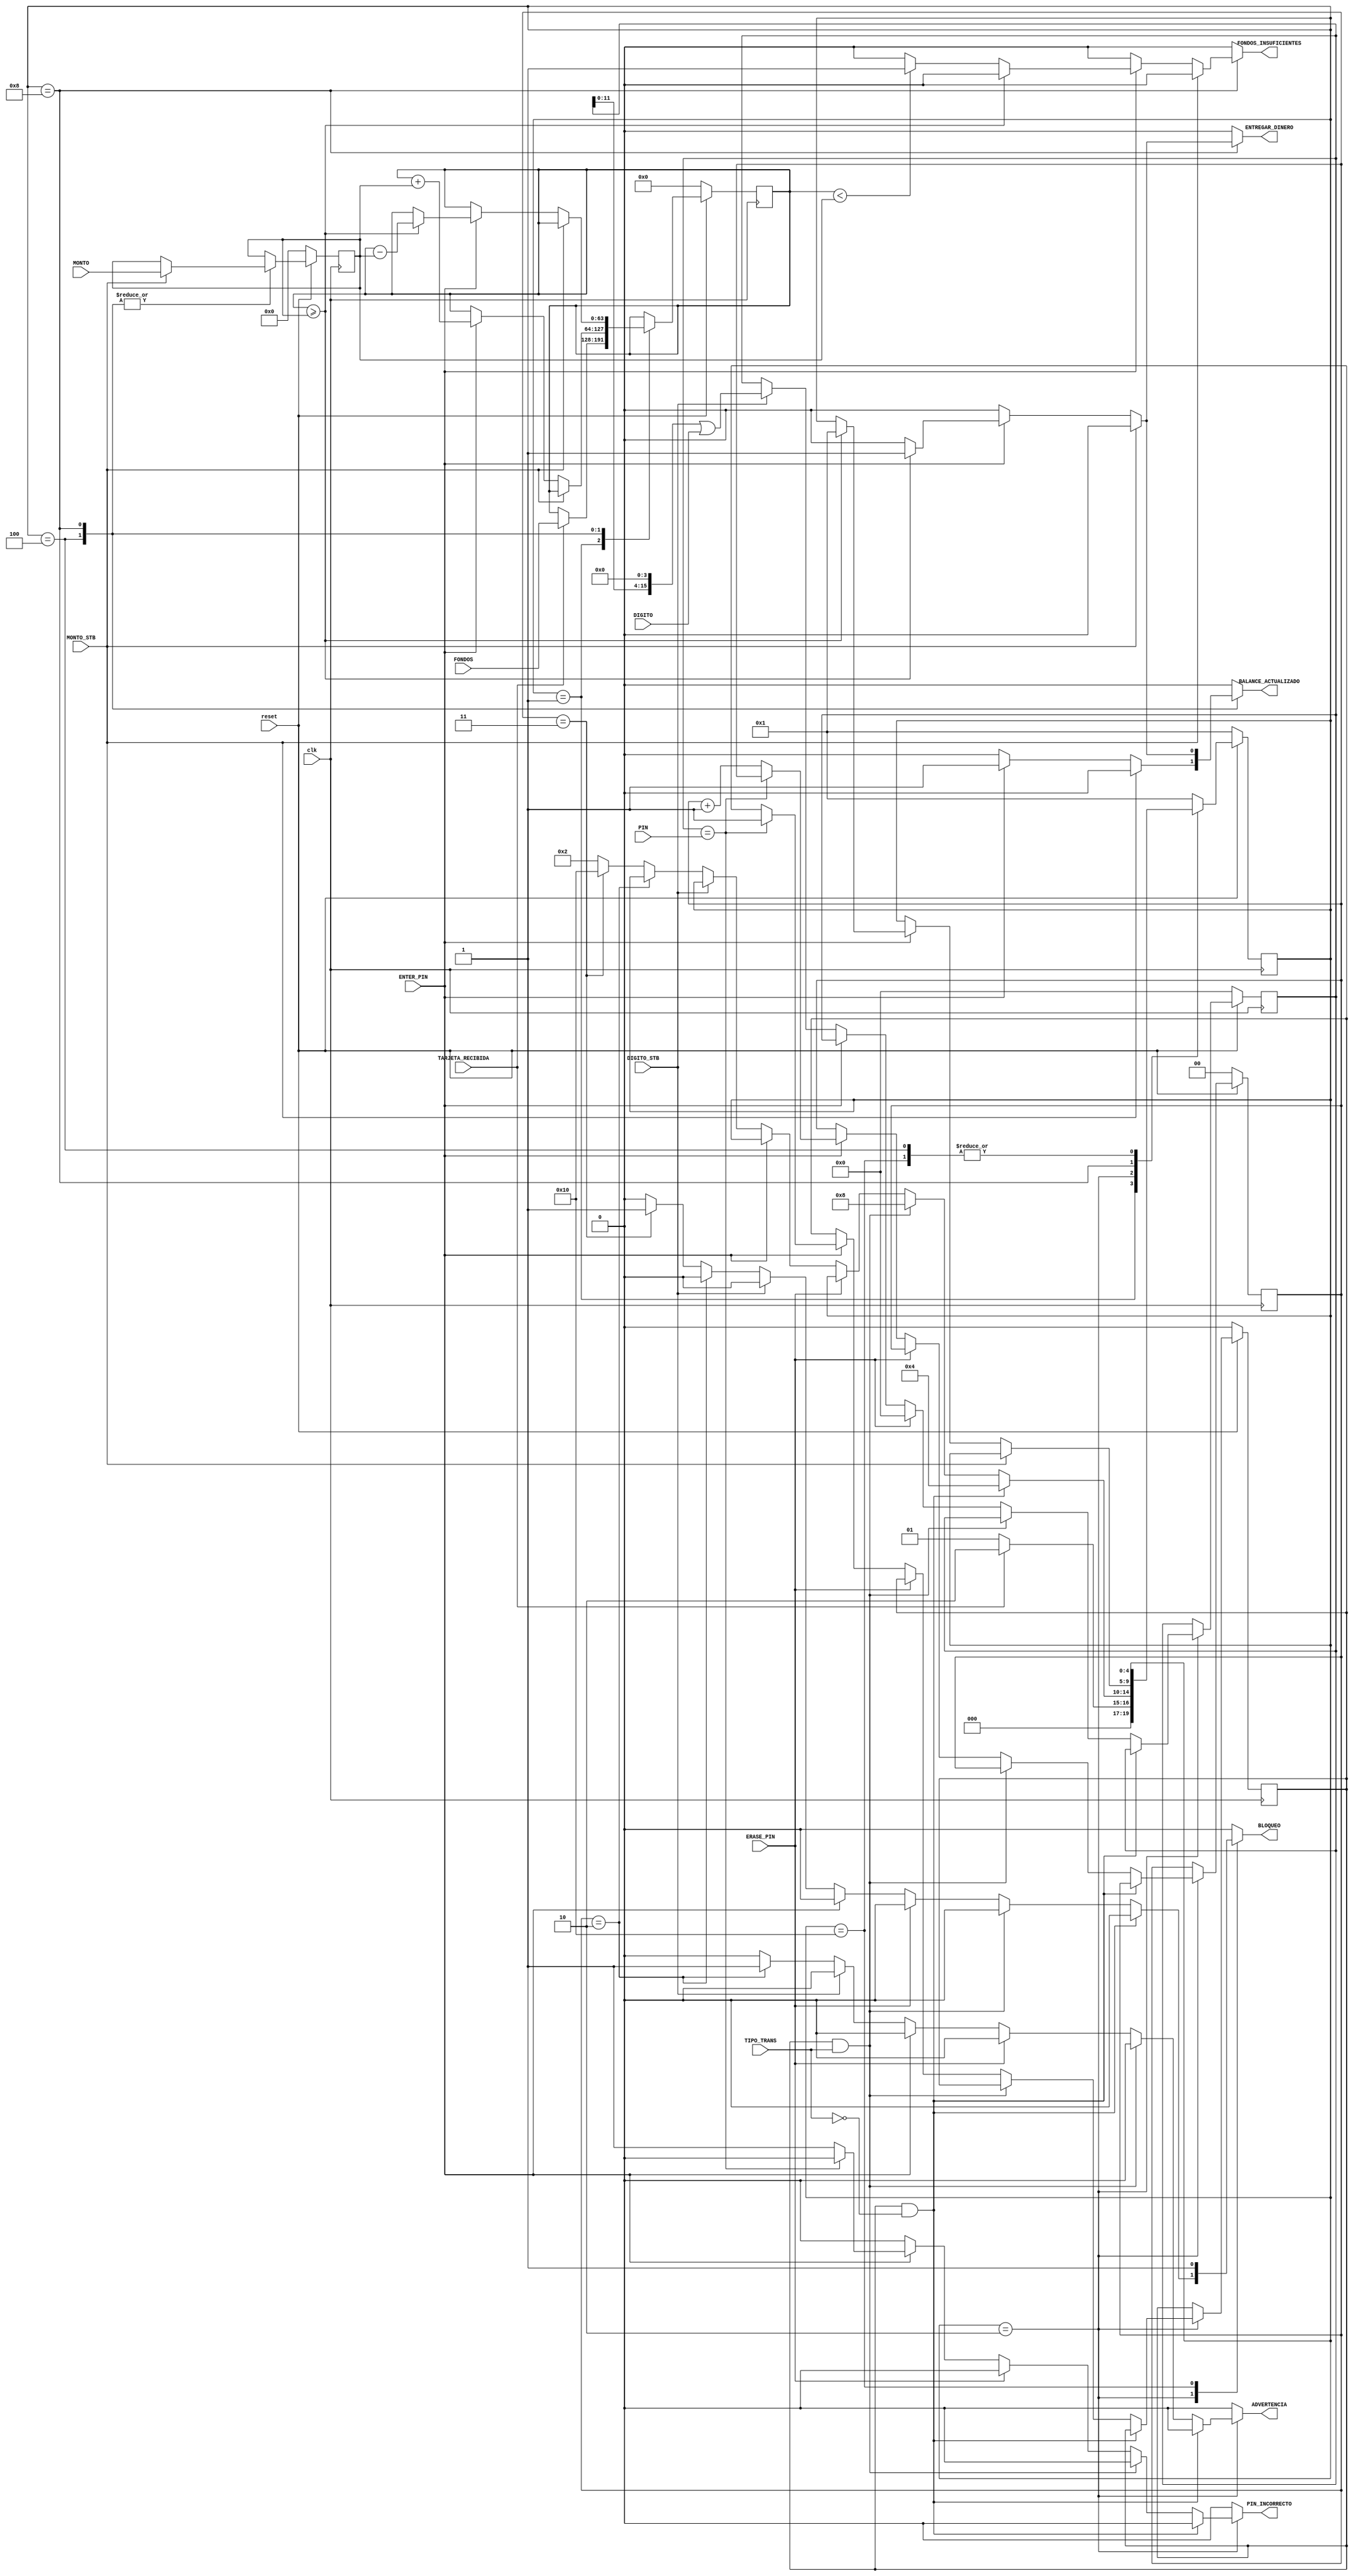
/**************************************************************************//**
 * @file ATM.v
 * @brief Tarea03 de Circuitos Digitales II - Controlador de cajero automatico
 * 
 * Estudiante: Junior Ruiz Snchez
 * Carnet: B97206
 * Mediante la implementacin de una mquina de estados este controlador
 * gestiona todo lo relacionado las operaciones de un cajero automatico
 * como lo pueden ser autentificacin, depositos y retiros.
 * 
 *****************************************************************************/

/**************************************************************************//**
 * @brief Controlador de cajero automatico
 *****************************************************************************/
module ATM (/*AUTOARG*/
   // Outputs
   BALANCE_ACTUALIZADO, ENTREGAR_DINERO, FONDOS_INSUFICIENTES,
   PIN_INCORRECTO, ADVERTENCIA, BLOQUEO,
   // Inputs
   clk, reset, TARJETA_RECIBIDA, PIN, ERASE_PIN, FONDOS, DIGITO,
   DIGITO_STB, ENTER_PIN, TIPO_TRANS, MONTO, MONTO_STB
   );

/* Se proceder a declarar las entradas usando input para cada una de ellas
 * debido a que estoy probado si puedo lograr documentar con Doxygen, 
 * lo mismo para outputs y regs.
 * An no estoy seguro si es la manera correcta, si encuento una mejor manera
 * lo cambiar
 */

/******************************************************************************
 *     DECLARACIN DE ENTRADAS, SALIDAS y REGISTROS INTERNOS.
 *****************************************************************************/

input clk;                 /**< Seal de reloj para sinconizar el modulo */

input reset;               /**< Seal de reinicio, reinicia en reset = 0 */

input TARJETA_RECIBIDA;    /**< Seal de entraba binaria que indica si se ha
                                introducido una tarjeta valida*/

input [15:0] PIN;          /**< Entrada de 16 bits donde cada grupo de 4 bits 
                                representa un digito del PIN de la tarjeta que
                                se recibi*/

input ERASE_PIN;           /**< Entrada binaria usada para reiniciar el PIN
                                digitado por el usuario en el cajero */

input [63:0] FONDOS;       /**< Entrada de 64 bits que recibe la maquina de 
                                estados para conocer el balance del usuario  */

input [3:0] DIGITO;        /**< Entrada de 4 bits que representa el ltimo 
                                dgito tecleado por el usuario, mantiene 
                                su valor anterior hasta que se preciona
                                la tecla siguiente*/

input DIGITO_STB;          /**< Seal de entrada que se pone en 1 durante
                                un solo ciclo de reloj, cuando se preciona
                                un botn del teclado. La lectura de PIN se debe
                                comparar con los valores de entrada DIGITO
                                cuando DIGITO_STB=1*/

input ENTER_PIN;           /**< Seal para enviar el PIN ingresado
                                para validar si es el PIN correcto
                                cuando ENTER_PIN = 1; Tambin para actualizar
                                el monto                                   */

input TIPO_TRANS;          /**< Entrada binaria que indica el tipo de
                                transaccin.
                                TIPO_TRANS=0 --> depsito
                                TIPO_TRANS=1 --> retiro     */

input [31:0] MONTO;        /**< Entrada de 32 bits que representa el monto
                                de la transaccin expresado en binario*/

input MONTO_STB;           /**< Seal de entrada que se pone en 1 durante un
                                solo ciclo de reloj, cuando se ha actualizado
                                el valor del MONTO a travs del teclado*/

output reg 
BALANCE_ACTUALIZADO;       /**< Salida de un bit para indicar que una
                                transaccin fue exitosa y que se actualiz el
                                balance en la cuenta, tanto para depsitos como
                                para retiros.*/
output reg
ENTREGAR_DINERO;           /**< Salida de un bit para indicarle al cajero que
                                entregue el monto durante una transaccin de
                                retiro */
output reg
FONDOS_INSUFICIENTES;      /**< Seal de alerta cuando, durante un retiro,
                                el valor de BALANCE es menor que el valor
                                de MONTO  */
output reg
PIN_INCORRECTO;            /**< Seal que indica que el valor del PIN recibido
                                a travs del teclado es distinto del PIN de
                                la tarjeta especificado en la entrada PIN*/

output reg
ADVERTENCIA;               /**< Salida binaria que se enciende cuando el
                                usuario ha introducido el PIN de forma
                                incorrecta dos veces  */
output reg
BLOQUEO;                   /**< Salida binaria que se enciende cuando el 
                                usuario ha introducido el pin de forma
                                incorrecta tres veces */

reg [63:0] BALANCE;        /**< Registro interno de 64 bits que representa
                                el balance existente en la cuenta usuario */

reg [63:0] nextBALANCE;        /**< Registro interno de 64 bits para gestionar
                                el balance del usuario*/

reg [1:0] INTENTOS;        /**< Registro interno de 2 bits que representa la 
                                cantidad de intentos usados por el usuario
                                al introducir el PIN de su tarjeta.
                                2 intentos --> enciende ADVERTENCIA
                                3 intentos --> enciende BLOQUEO */
                                
reg [1:0] nextINTENTOS;    /*   Registro para gestin de cantidad de intentos*/

reg PIN_CORRECTO;          /**< Registro interno que tiene valor 1 cuando la 
                                validacin de PIN es correcta. */

reg nextPIN_CORRECTO;      /**< Registro interno para gestionar la seal
                                interna de pin correcto                      */ 


reg [15:0] INPUT_PIN;      /*   Registro para sostener temporalmente el PIN
                                ingresado completo */

reg [15:0] nextINPUT_PIN;  /*   Registro para gestionar el pin temporal dentro
                                del modulo */

reg [31:0] TEMP_MONTO;    /*   Registro para sostener temporalmente el
                                monto a depositar o retirar    */

reg [31:0] nextTEMP_MONTO; /*  Registro para gestionar el monto temporal */
                                
/******************************************************************************
 *             Uso de parametros para definir estados 
 *   y declaracin de registros para gestionar estado actual y futuro
 *****************************************************************************/

parameter standby    = 5'b1;        // Estado de espera
parameter validacion = 5'b10;       // Estado de gestin de pin
parameter deposito   = 5'b100;      // Estado para transaccin de deposito
parameter retiro     = 5'b1000;     // Estado para transaccin de retiuro
parameter bloqueoE   = 5'b10000;    // Estado en caso de pin incorrecto 3 veces

reg [4:0] state;                    // Registro para estado actual
reg [4:0] nextState;                // Registro para estado futuro

/******************************************************************************
 *                          Comportamientos
 *****************************************************************************/

always @(posedge clk) begin      // Acciones en flanco alto
  if (!reset) begin 
    state        <= standby;            // REINICIANDO VALORES DE FF
    BALANCE      <= 64'b0;
    INTENTOS     <= 2'b0;
    INPUT_PIN    <= 16'b0;
    TEMP_MONTO   <= 31'b0;
    PIN_CORRECTO <= 1'b0;

  end else begin
    state         <= nextState;                   // TRANSICIONES DE ESTADOS DE FF
    BALANCE       <= nextBALANCE;
    INTENTOS      <= nextINTENTOS;
    INPUT_PIN     <= nextINPUT_PIN;
    PIN_CORRECTO  <= nextPIN_CORRECTO;
    TEMP_MONTO    <= nextTEMP_MONTO;
  end
end

always @(*) begin                // Lgica combinacional
  
  nextState = state;      
  nextINTENTOS = INTENTOS;          // SOSTENIENDO VALORES DE FF
  nextBALANCE = BALANCE;   
  nextINPUT_PIN = INPUT_PIN;
  nextPIN_CORRECTO = PIN_CORRECTO;
  nextTEMP_MONTO = TEMP_MONTO;

  ENTREGAR_DINERO = 1'b0;           // VALORES OUTPUT = 0; excepto en los 
  FONDOS_INSUFICIENTES = 1'b0;      // estados en los que cambia.
  BALANCE_ACTUALIZADO = 1'b0;
  BLOQUEO = 1'b0;
  PIN_INCORRECTO = 1'b0;
  ADVERTENCIA = 1'b0;
  
  /* Casos para cada estado*/

  case(state)

    standby: begin
               if (~TARJETA_RECIBIDA) begin      // Ingreso de tarjeta
                  nextState = standby;
               end else begin
                  nextState = validacion;       // pasa a validacin
                  nextBALANCE = FONDOS;         // obtencin del dato FONDOS
               end
             end

    validacion: begin
                  /* Para el caso de pin correcto, se envia a la transaccin
                  deseada */
                  if (PIN_CORRECTO && ~TIPO_TRANS) begin 
                     nextState = deposito;
                  end else if (PIN_CORRECTO && TIPO_TRANS) begin
                     nextState = retiro;
                 /*En caso de presionar el botn para borrar pin
                   INPUT_PIN vuelve a cero*/
                  end else if (ERASE_PIN) begin
                     nextINPUT_PIN = INPUT_PIN << 16;
                  /*Para al terminar de ingresar el pin se presiona ENTER
                    y se compara con el PIN de la tarjeta*/
                  end else if (ENTER_PIN) begin
                     /*Se envia la alerta a cero para considerar el caso en
                       el que el pin es correcto y esta deje de estar activa*/
                        PIN_INCORRECTO = 0;  
                        
                     if (INPUT_PIN == PIN) begin
                        nextPIN_CORRECTO = 1;
                        ADVERTENCIA = 0;
                     end else /*if (!(INPUT_PIN == PIN))*/ begin
                        PIN_INCORRECTO = 1;
                        // Pin incorrecto, aumento de intentos usados
                        nextINTENTOS = INTENTOS+1;
                     end

                  // Se usa un shifteo de 4, para agrupar los digitos
                  // del pin en INPUT_PIN
                  end else if (DIGITO_STB) begin
                    nextINPUT_PIN = (INPUT_PIN << 4) | DIGITO;
                  
                  // Al haber dos intentos, se envia advertencia
                  end else if (INTENTOS == 2'b10) begin
                        ADVERTENCIA = 1;
                  // En 3 intentos se pasa al estado de bloqueo
                  end else if (INTENTOS == 2'b11) begin
                     BLOQUEO = 1;
                     nextState = bloqueoE;
                  end else begin
                     nextState = validacion;
                  end
                end

    deposito: begin
                if (MONTO_STB) begin
                   nextTEMP_MONTO = MONTO;
                end else if (ENTER_PIN) begin
                   nextBALANCE = BALANCE + TEMP_MONTO;
                   BALANCE_ACTUALIZADO = 1;
                end

              end

    retiro: begin
               if (MONTO_STB) begin
                  nextTEMP_MONTO = MONTO;
               end else if (ENTER_PIN) begin
                  if (BALANCE >= TEMP_MONTO) begin
                     nextBALANCE = BALANCE - TEMP_MONTO;
                     BALANCE_ACTUALIZADO = 1;
                     ENTREGAR_DINERO = 1;
                     nextState = standby;
                  end else if (BALANCE < TEMP_MONTO)  begin
                     FONDOS_INSUFICIENTES = 1;
                  end
               end
            end
    
    bloqueoE:  begin
                     BLOQUEO = 1;
               end
    
    default: nextState = standby;

  endcase

end


endmodule